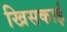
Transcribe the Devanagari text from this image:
खिसकाई